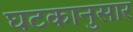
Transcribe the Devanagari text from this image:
घटकानुसार